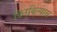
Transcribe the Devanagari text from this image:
फिरविल्यास